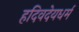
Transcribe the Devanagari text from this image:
हदिवदेयधर्म